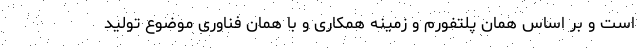
است و بر اساس همان پلتفورم و زمینه همکاری و با همان فناوری موضوع تولید